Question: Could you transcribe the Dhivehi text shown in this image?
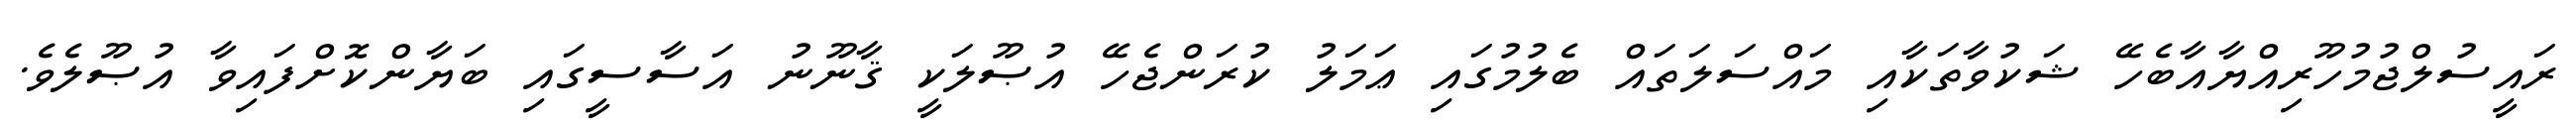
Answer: ރައީސުލްޖުމުހޫރިއްޔާއާބެހޭ ޝަކުވާތަކާއި މައްސަލަތައް ބެލުމުގައި ޢަމަލު ކުރަންޖެހޭ އުޞޫލަކީ ޤާނޫނު އަސާސީގައި ބަޔާންކޮށްފައިވާ އުޞޫލެވެ.